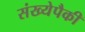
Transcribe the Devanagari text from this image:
संख्येपैकी